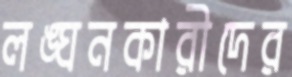
লঙ্ঘনকারীদের